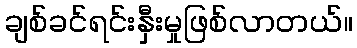
ချစ်ခင်ရင်းနှီးမှုဖြစ်လာတယ်။